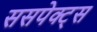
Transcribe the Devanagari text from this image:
ससपेक्ट्स